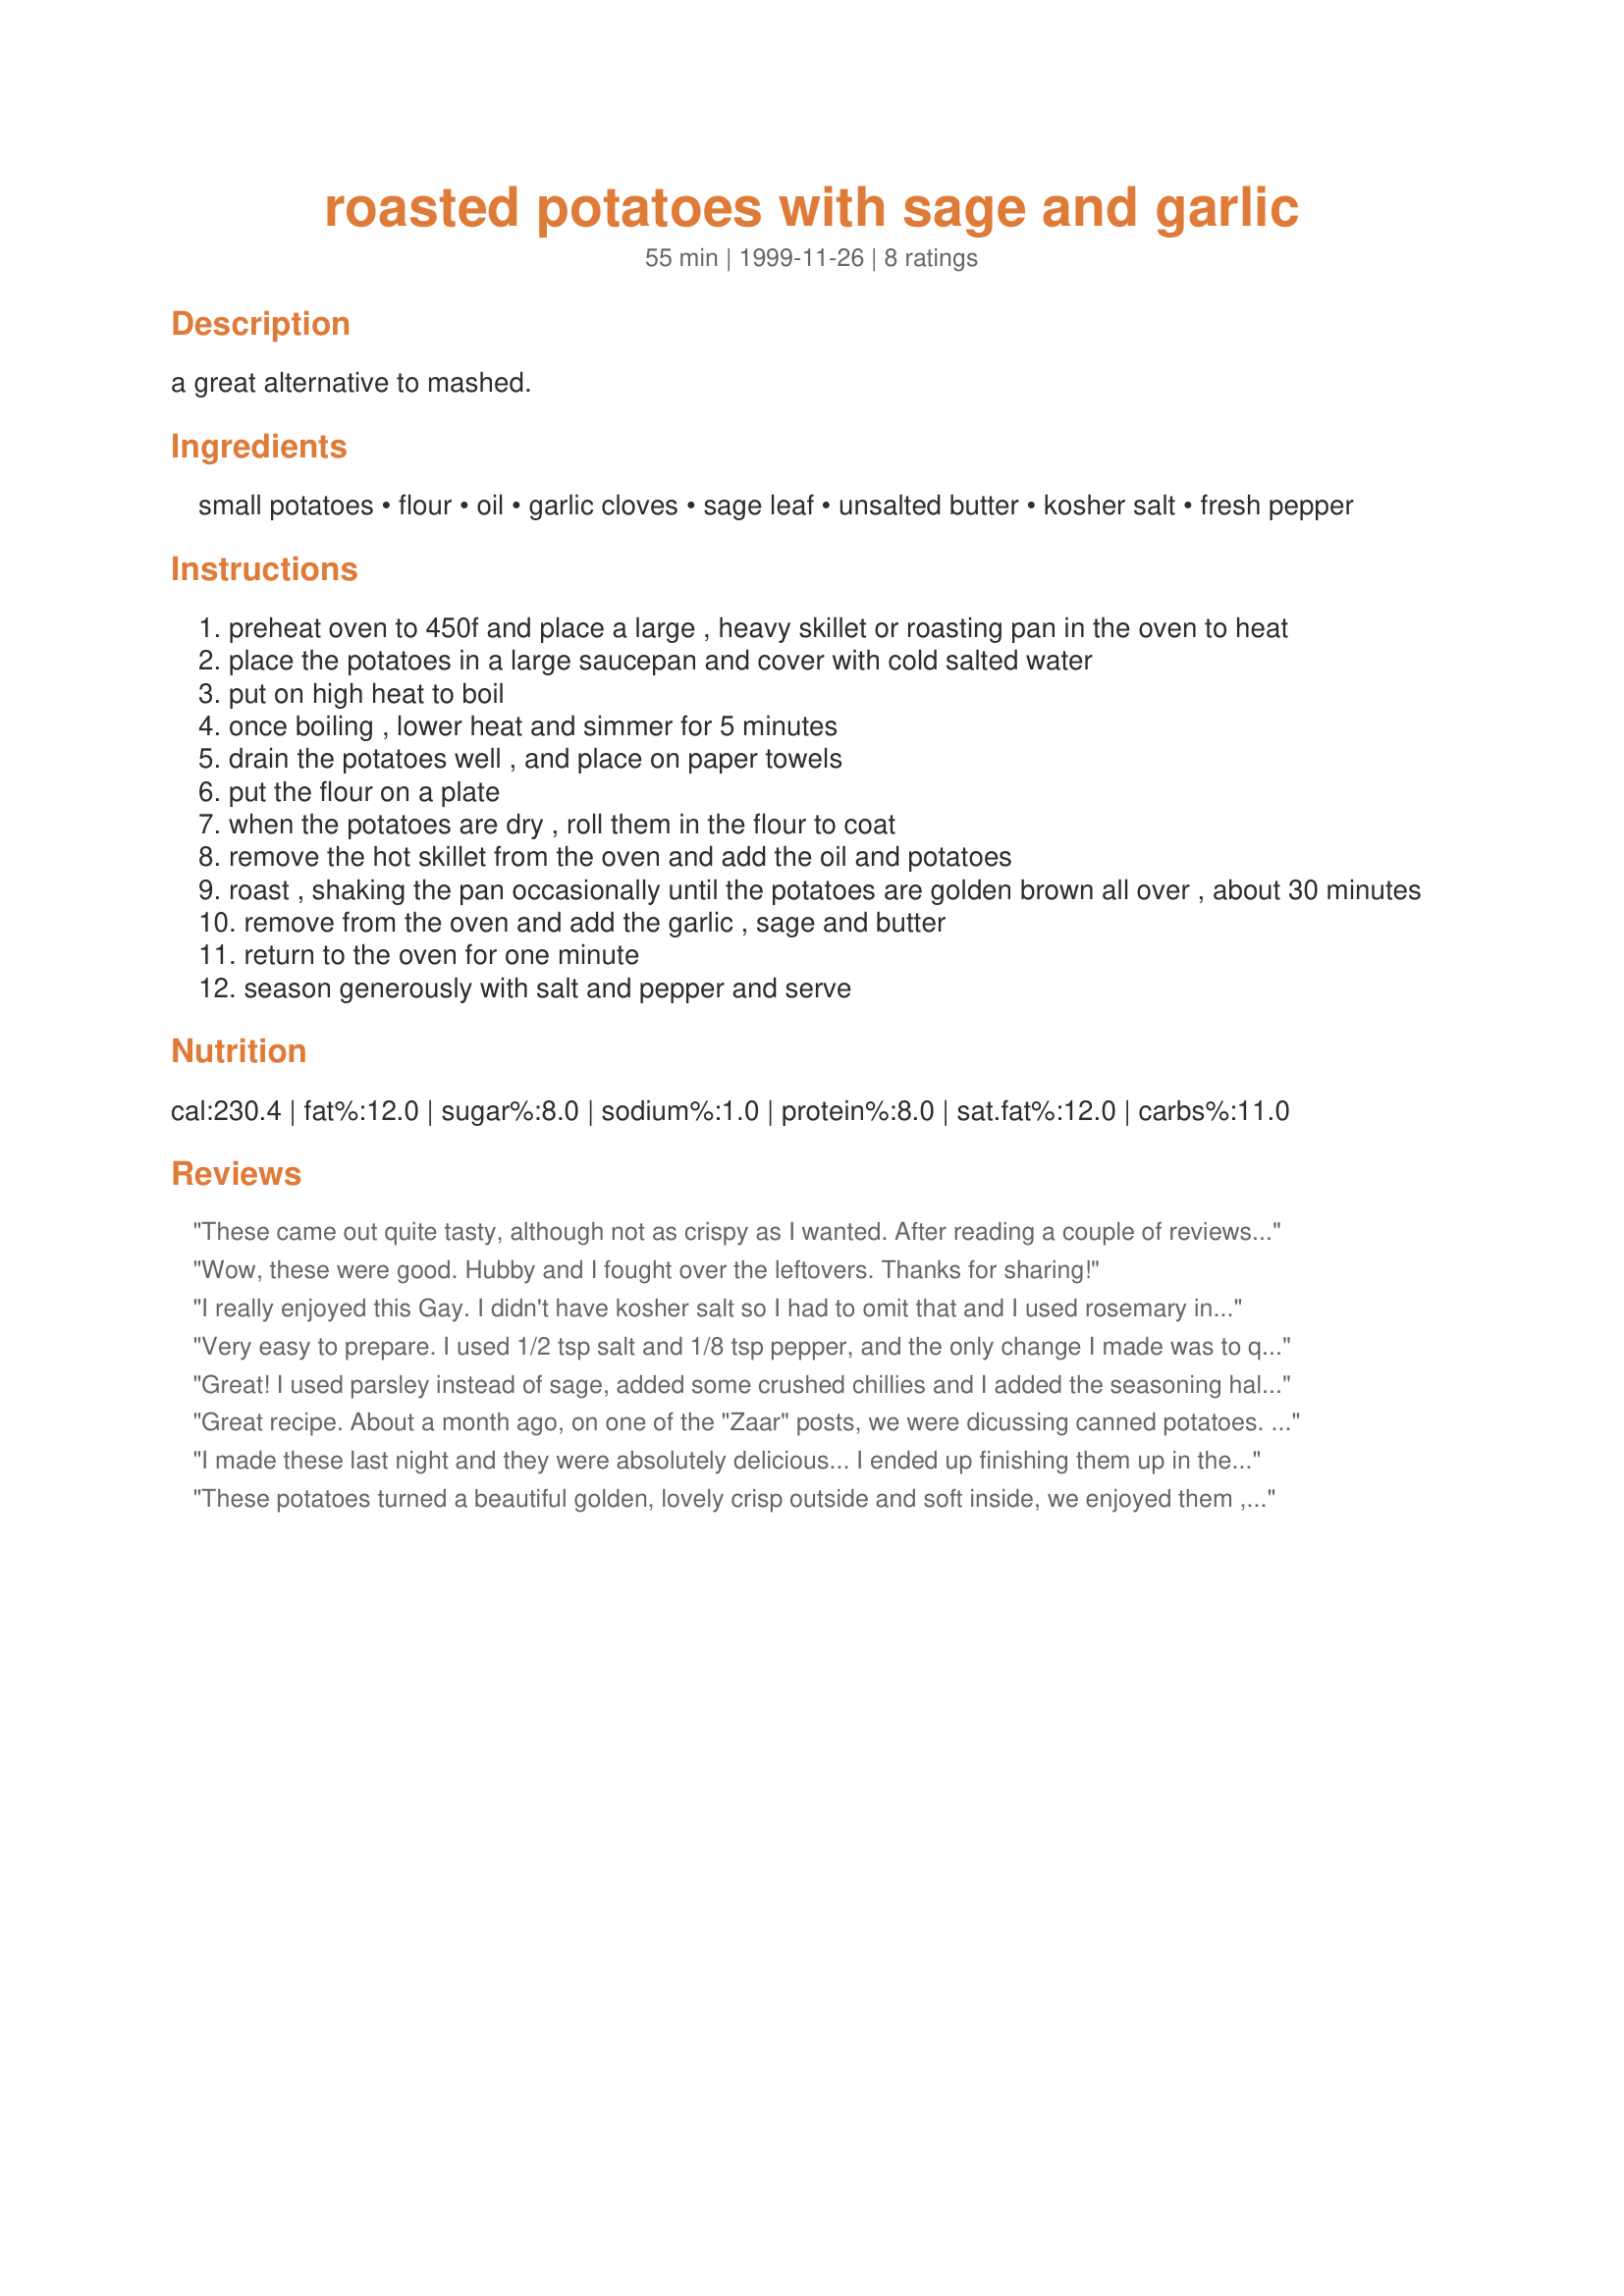
roasted potatoes with sage and garlic
Preparation time: 55 minutes

a great alternative to mashed.

Ingredients:
small potatoes, flour, oil, garlic cloves, sage leaf, unsalted butter, kosher salt, fresh pepper

Steps:
preheat oven to 450f and place a large , heavy skillet or roasting pan in the oven to heat
place the potatoes in a large saucepan and cover with cold salted water
put on high heat to boil
once boiling , lower heat and simmer for 5 minutes
drain the potatoes well , and place on paper towels
put the flour on a plate
when the potatoes are dry , roll them in the flour to coat
remove the hot skillet from the oven and add the oil and potatoes
roast , shaking the pan occasionally until the potatoes are golden brown all over , about 30 minutes
remove from the oven and add the garlic , sage and butter
return to the oven for one minute
season generously with salt and pepper and serve

Reviews:
These came out quite tasty, although not as crispy as I wanted. After reading a couple of reviews, I decided to put the sage on before they went in the oven (I used sage powder). I also used yukon gold potatoes -- not sure if that made a difference in crispiness. I put them in a casserole dish and I don't think there was enough room for air to circulate. Next time, I'm going to put them on a cookie sheet. Loved the buttery/garlicky/sage flavor.
Wow, these were good. Hubby and I fought over the leftovers. Thanks for sharing!
I really enjoyed this Gay. I didn't have kosher salt so I had to omit that and I used rosemary instead of sage as I was making Chicken with lots of garlic (#15057) and it calls for rosemary. Next time I will definately try the sage! Thanks!
Very easy to prepare. I used 1/2 tsp salt and 1/8 tsp pepper, and the only change I made was to quarter the potatoes instead of halving them. It just seemed like the potatoes didn't pick up much flavor. If I make these again, I'd probably cut the potatoes into smaller chunks and add the garlic and sage sooner, so the flavors have more time to develop and can coat more surface area on the potatoes. Thanks anyway.
Great!

I used parsley instead of sage, added some crushed chillies and I added the seasoning half way through the cooking time. I had been looking for a copycat of the potatoes of Montreal's Lebanese chain 'Amir', and this is the closest that I have tasted :)
Great recipe. About a month ago, on one of the "Zaar" posts, we were dicussing canned potatoes. I had a coupon for Delmonte Diced New Potatoes and decided to give them a try. I only used 1 can and I cut the ingredients to 1/2 TB butter, 2 TB flour, 1 TB oil, 4 sage leaves and 2 cloves of garlic. Salt and pepper to taste. They really came out excellent. Perfect amount for two people, except my husband really would have eaten more.
Now that I have cured my curiosity about canned potatoes, they really are good to use in a pinch. But don't tell "Mean Chef" that I used them or said that!
I made these last night and they were absolutely delicious... I ended up finishing them up in the hot frying pan ontop of the stove insted of in the oven... They were delicious.
These potatoes turned a beautiful golden, lovely crisp outside and soft inside, we enjoyed them , the sage was quite a different taste for us with potatoes, we probably would use a different herb next time, it wasn't bad , it just wasn't to our taste. Loved the garlic and butter!!
Thanks for sharing we will be making them again, the flour did make a difference.
